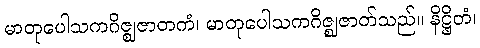
မာတုပေါသကဂိဇ္ဈဇာတကံ၊ မာတုပေါသကဂိဇ္ဈဇာတ်သည်။ နိဋ္ဌိတံ၊